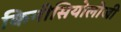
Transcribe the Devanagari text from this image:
किनीसियोलोजी